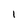
Character: 1